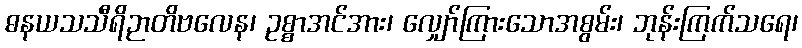
ဓနယသသီရိဉာတိဗလေန၊ ဥစ္စာအင်အား၊ လျှော်ကြားသောအစွမ်း၊ ဘုန်းကြက်သရေ၊